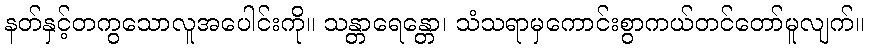
နတ်နှင့်တကွသောလူအပေါင်းကို။ သန္တာရေန္တော၊ သံသရာမှကောင်းစွာကယ်တင်တော်မူလျက်။